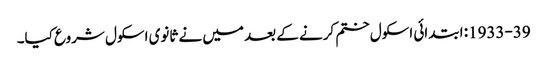
1933-39: ابتدائی اسکول ختم کرنے کے بعد میں نے ثانوی اسکول شروع کیا۔